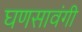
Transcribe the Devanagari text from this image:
घणसावंगी